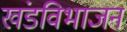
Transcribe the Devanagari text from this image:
खंडविभाजन